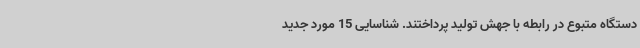
دستگاه متبوع در رابطه با جهش تولید پرداختند. شناسایی 15 مورد جدید